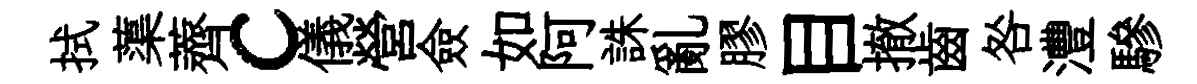
拭蕖薺c儀營僉如阿誅亂膠目撤齒咎灃驂